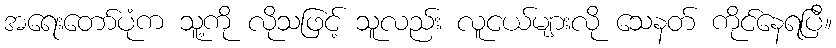
အရေးတော်ပုံက သူ့ကို လိုသဖြင့် သူလည်း လူငယ်များလို သေနတ် ကိုင်နေရပြီ။